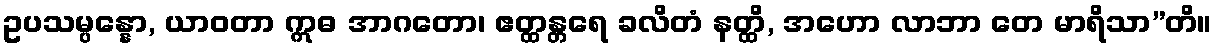
ဥပသမ္ပန္နော, ယာဝတာ ဣဓ အာဂတော၊ ဧတ္ထန္တရေ ခလိတံ နတ္ထိ, အဟော လာဘာ တေ မာရိသာ”တိ။